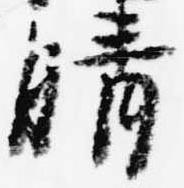
晴